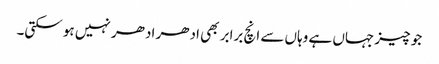
جو چیز جہاں ہے وہاں سے انچ برابر بھی ادھر ادھر نہیں ہو سکتی۔